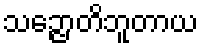
သဉ္ဇောတိဘူတာယ